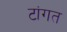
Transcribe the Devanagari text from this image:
टांगत